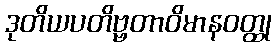
ဒုတိယပတိဗ္ဗတာဝိမာနဝတ္ထု